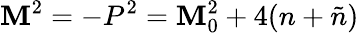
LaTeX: \mathbf{M}^{2}=-P^{2}=\mathbf{M}_{0}^{2}+4(n+\tilde{{n}})